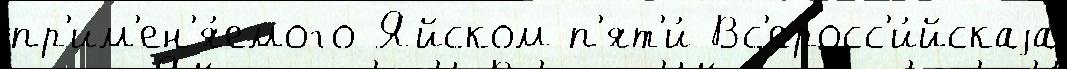
пр'им'ен'я́емого Яйском п'ят'и́ Вс'еросс'и́йскаjа